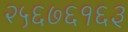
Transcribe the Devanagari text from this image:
२५६७६१६३